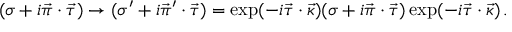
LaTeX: ( \sigma + i \vec { \pi } \cdot \vec { \tau } ) \to ( \sigma ^ { \prime } + i \vec { \pi } { } ^ { \prime } \cdot \vec { \tau } ) = \exp ( - i \vec { \tau } \cdot \vec { \kappa } ) ( \sigma + i \vec { \pi } \cdot \vec { \tau } ) \exp ( - i \vec { \tau } \cdot \vec { \kappa } ) \, .